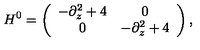
H ^ { 0 } = \left( \begin{array} { c c } { - \partial _ { z } ^ { 2 } + 4 } & { 0 } \\ { 0 } & { - \partial _ { z } ^ { 2 } + 4 } \\ \end{array} \right) ,